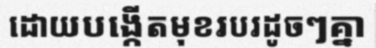
ដោយបង្កើតមុខរបរដូចៗគ្នា